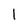
Character: 1